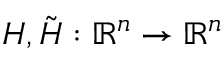
\boldsymbol { H } , \tilde { \boldsymbol { H } } : \mathbb { R } ^ { n } \rightarrow \mathbb { R } ^ { n }